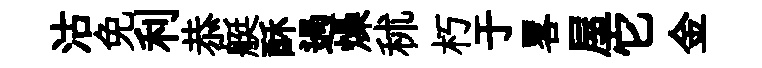
沽免利恭艇酥過燥秫朽于畧屋它金